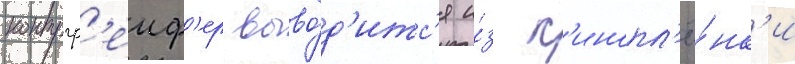
контргр'еиф'ер выво́д'итс'я и́з к'инопл'ё́нк'и